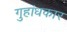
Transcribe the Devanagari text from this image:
गुहांधकार